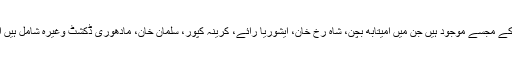
دہلی میں موجود مادام تساو¿ میوزیم میں بالی ووڈ کے کئی اداکاروں کے مجسے موجود ہیں جن میں امیتابھ بچن، شاہ رخ خان، ایشوریا رائے، کرینہ کپور، سلمان خان، مادھوری ڈکشٹ وغیرہ شامل ہیں اور اب سنی لیون کا مومی مجسمہ بھی مادام تساو¿ کی زینت بنے گا۔